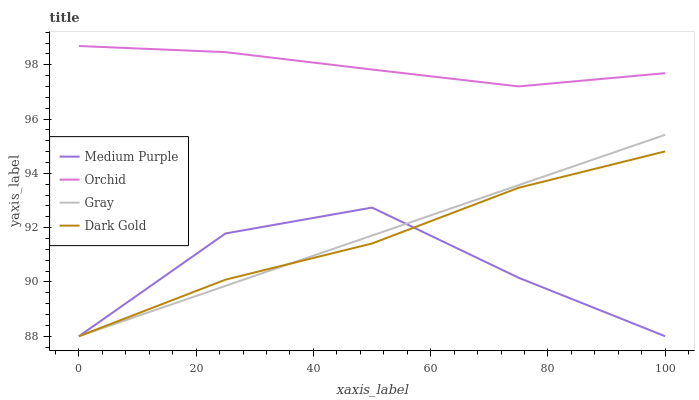
| xaxis_label | Medium Purple | Orchid | Gray | Dark Gold |
 | --- | --- | --- | --- | --- |
 | 0 | 88 | 98.7 | 88 | 88 |
 | 25 | 91.8 | 98.5 | 89.9 | 90.1 |
 | 50 | 92.7 | 97.8 | 91.7 | 91.4 |
 | 75 | 90.2 | 97.2 | 93.6 | 93.5 |
 | 100 | 88 | 97.7 | 95.4 | 94.8 |